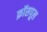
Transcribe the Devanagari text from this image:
क्रॉसपूल